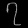
Digit: ၇